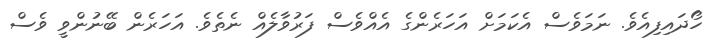
ހޯދައިފިއެވެ. ނަމަވެސް އެކަމަށް އަހަރެންގެ އެއްވެސް ފަރުވާލެއް ނެތެވެ. އަހަރެން ބޭނުންވީ ވެސް